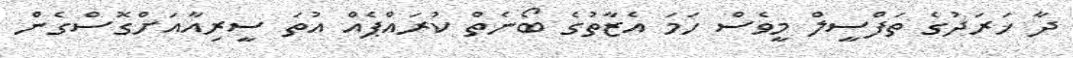
ދާ ޚަރަދުގެ ތަފްސީލް މީވެސް ހަމަ އެޒާތުގެ ބޯނެތް ކުރައްޕެއް އުތަ ސީރިއާއަށްގޮސްގެން